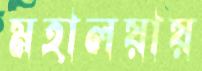
মহালয়ায়